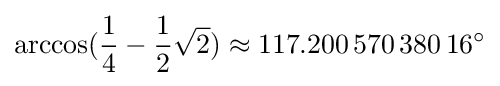
\arccos({\frac {1}{4}}-{\frac {1}{2}}{\sqrt {2}})\approx 117.200\,570\,380\,16^{\circ }